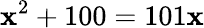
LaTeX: \mathbf{x}^{2}+100=101\mathbf{x}